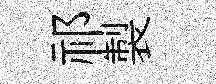
祁製